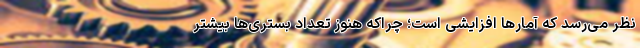
نظر می‌رسد که آمارها افزایشی است؛ چراکه هنوز تعداد بستری‌ها بیشتر